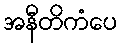
အနီတိကံပေ